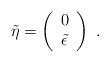
LaTeX: \begin{align*}\tilde{\eta} = \left( \begin{array}{c} 0 \\ \tilde{\epsilon} \end{array} \right) ~. \end{align*}